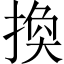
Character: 換